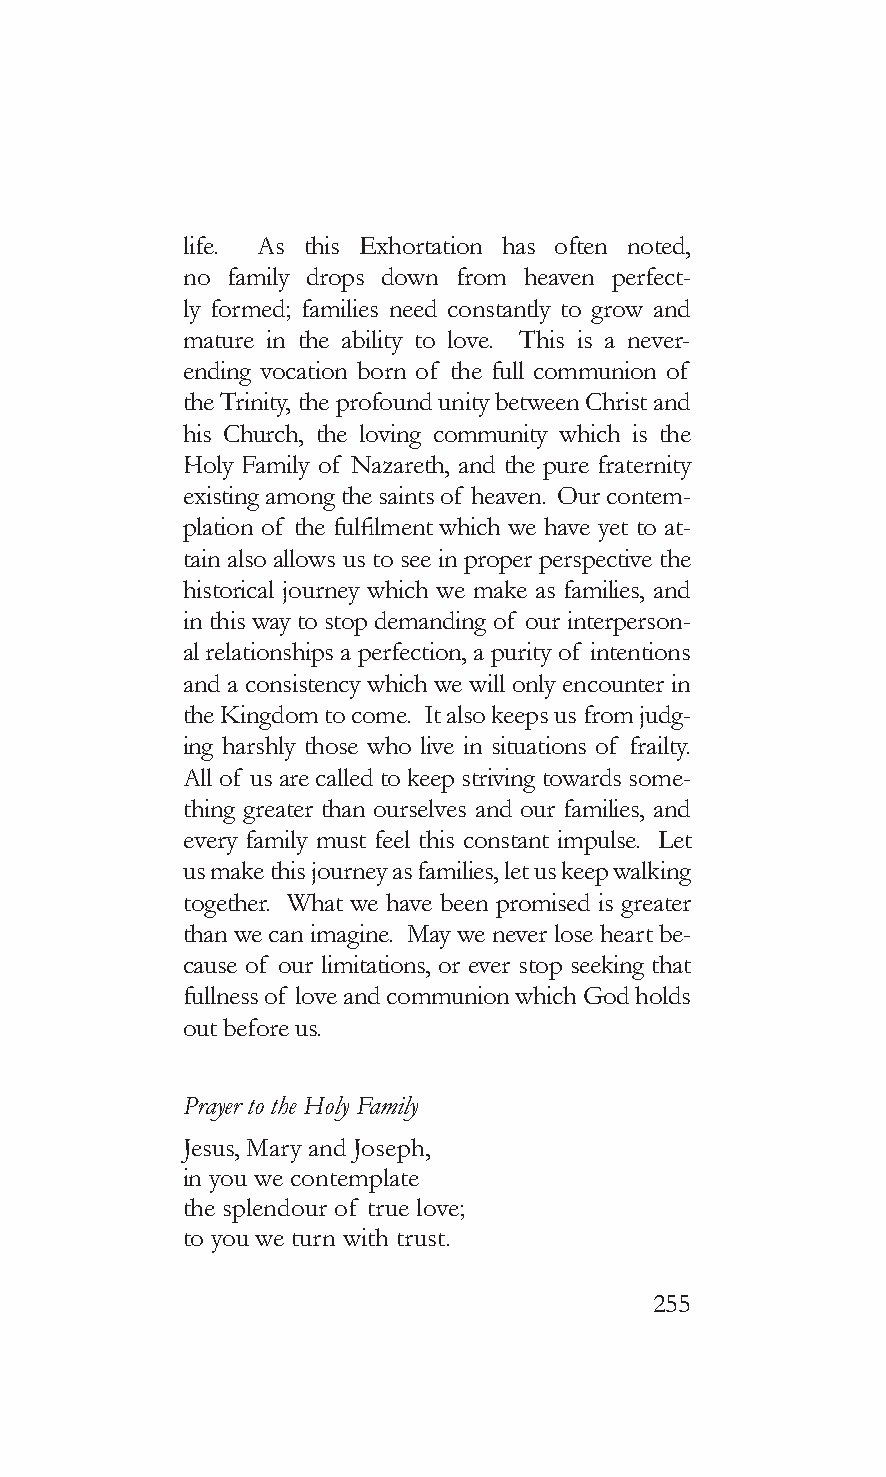
life. As this Exhortation has often noted,
 no family drops down from heaven perfect-
 ly formed; families need constantly to grow and
 mature in the ability to love. This is a never-
 ending vocation born of the full communion of
 the Trinity, the profound unity between Christ and
 his Church, the loving community which is the
 Holy Family of Nazareth, and the pure fraternity
 existing among the saints of heaven. Our contem-
 plation of the fulfilment which we have yet to at-
 tain also allows us to see in proper perspective the
 historical journey which we make as families, and
 in this way to stop demanding of our interperson-
 al relationships a perfection, a purity of intentions
 and a consistency which we will only encounter in
 the Kingdom to come. It also keeps us from judg-
 ing harshly those who live in situations of frailty.
 All of us are called to keep striving towards some-
 thing greater than ourselves and our families, and
 every family must feel this constant impulse. Let
 us make this journey as families, let us keep walking
 together. What we have been promised is greater
 than we can imagine. May we never lose heart be-
 cause of our limitations, or ever stop seeking that
 fullness of love and communion which God holds
 out before us.
 Prayer to the Holy Family
 Jesus, Mary and Joseph,
 in you we contemplate
 the splendour of true love;
 to you we turn with trust.
 255